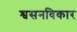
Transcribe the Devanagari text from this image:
श्वसनविकार